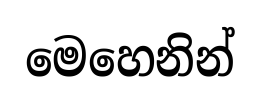
මෙහෙනින්